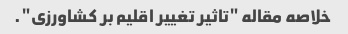
خلاصه مقاله "تاثیر تغییر اقلیم بر کشاورزی".